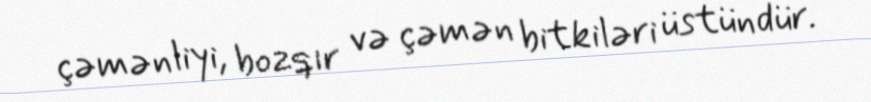
çəmənliyi, bozqır və çəmən bitkiləri üstündür.